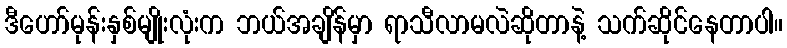
ဒီဟော်မုန်းနှစ်မျိုးလုံးက ဘယ်အချိန်မှာ ရာသီလာမလဲဆိုတာနဲ့ သက်ဆိုင်နေတာပါ။